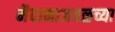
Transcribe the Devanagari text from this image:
मैदानाजवळच्या